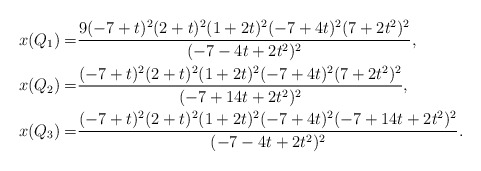
\begin{align*}x(Q_1)=&\frac{9 (-7 + t)^2 (2 + t)^2 (1 + 2 t)^2 (-7 + 4 t)^2 (7 + 2 t^2)^2}{(-7 - 4 t + 2 t^2)^2},\\x(Q_2)=&\frac{(-7 + t)^2 (2 + t)^2 (1 + 2 t)^2 (-7 + 4 t)^2 (7 + 2 t^2)^2}{(-7 + 14 t + 2 t^2)^2},\\x(Q_3)=&\frac{(-7 + t)^2 (2 + t)^2 (1 + 2 t)^2 (-7 + 4 t)^2 (-7 + 14 t + 2 t^2)^2}{(-7 - 4 t + 2 t^2)^2}.\end{align*}